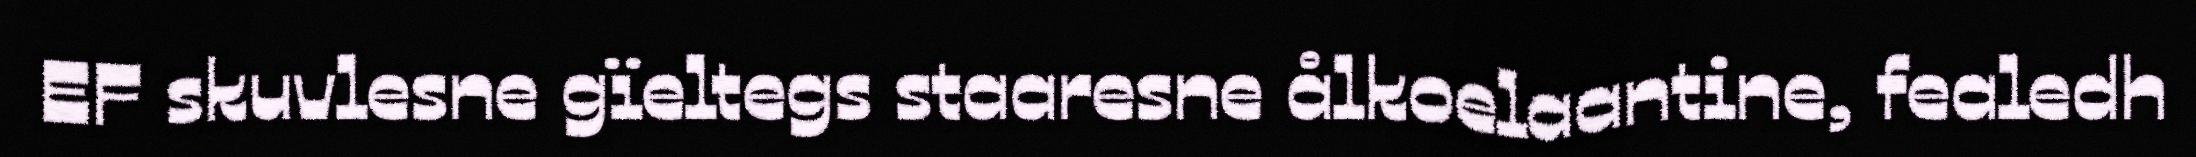
EF skuvlesne gïeltegs staaresne ålkoelaantine, fealedh